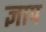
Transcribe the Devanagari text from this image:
ज्ञाप